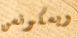
ويسكونسن